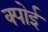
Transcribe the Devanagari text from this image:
क्पोई